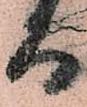
而